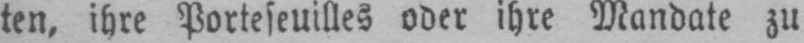
ten, ihre Portefeuilles oder ihre Mandate zu